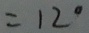
= 1 2 ^ { \circ }